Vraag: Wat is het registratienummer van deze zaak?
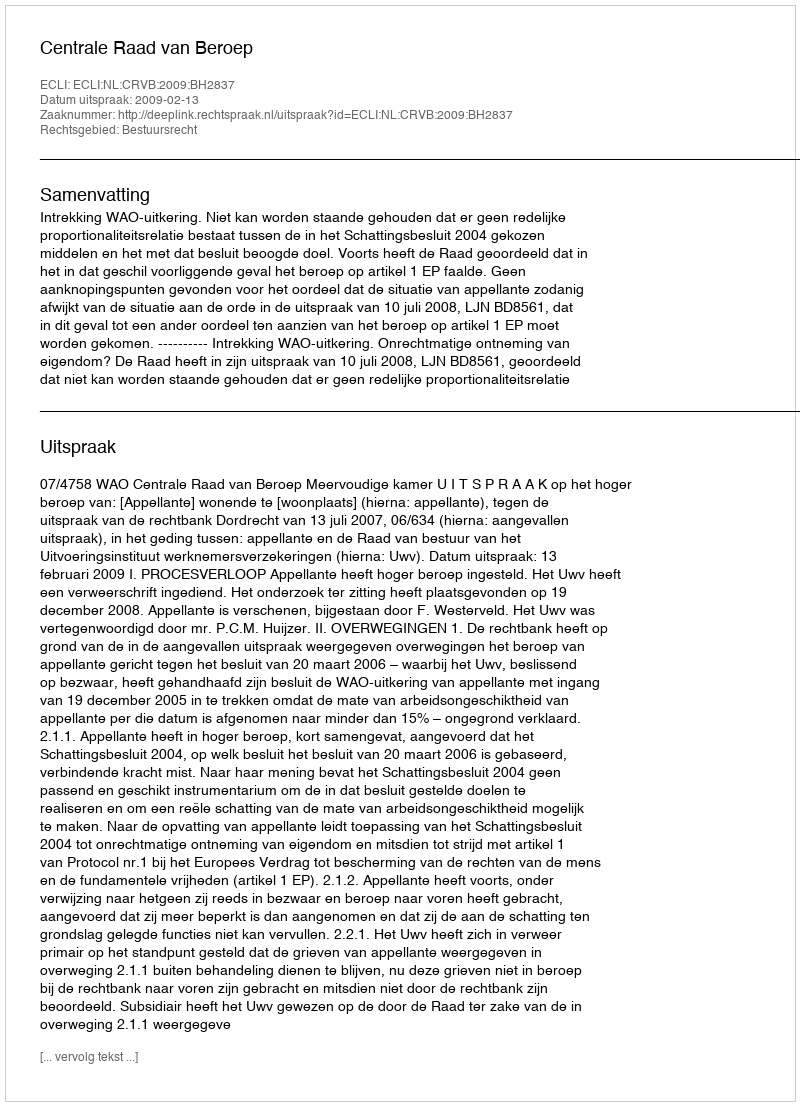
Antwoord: http://deeplink.rechtspraak.nl/uitspraak?id=ECLI:NL:CRVB:2009:BH2837